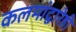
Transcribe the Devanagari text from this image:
कलमांद्वारेही